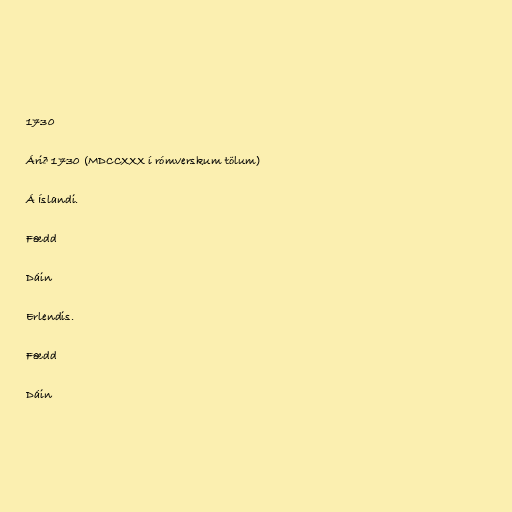
1730

Árið 1730 (MDCCXXX í rómverskum tölum)

Á Íslandi.

Fædd

Dáin

Erlendis.

Fædd

Dáin